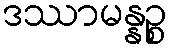
ဒဿာမန္နဉ္စ